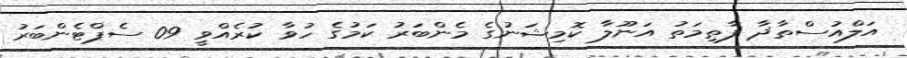
އަލްއުސްތާޛާ ފާޠިމަތު އަނޫލާ ކޮމިޝަނުގެ މެންބަރު ކަމުގެ ހުވާ ކުރެއްވީ 09 ސެޕްޓެންބަރު